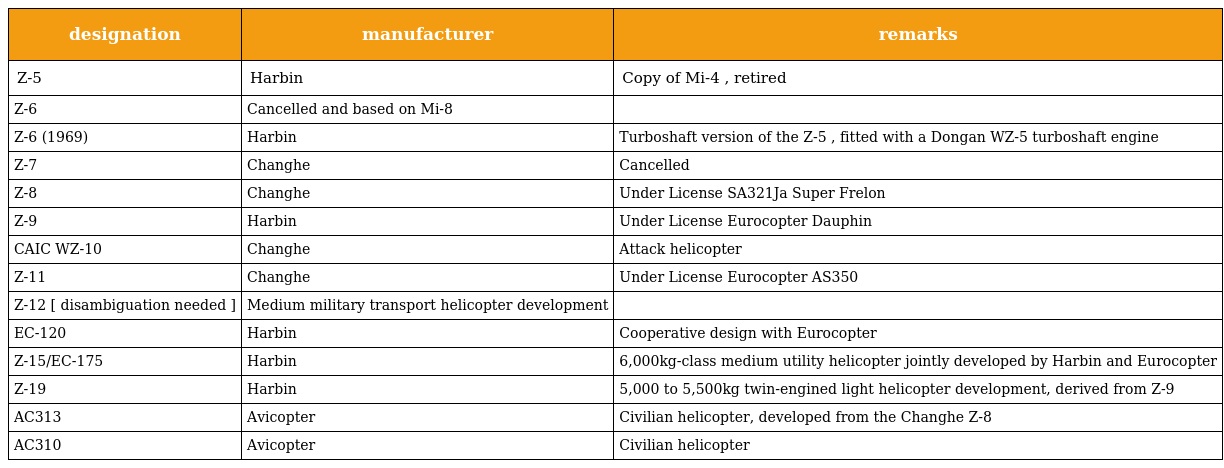
| designation | manufacturer | remarks |
 | --- | --- | --- |
 | Z-5 | Harbin | Copy of Mi-4 , retired |
 | Z-6 | Cancelled and based on Mi-8 |  |
 | Z-6 (1969) | Harbin | Turboshaft version of the Z-5 , fitted with a Dongan WZ-5 turboshaft engine |
 | Z-7 | Changhe | Cancelled |
 | Z-8 | Changhe | Under License SA321Ja Super Frelon |
 | Z-9 | Harbin | Under License Eurocopter Dauphin |
 | CAIC WZ-10 | Changhe | Attack helicopter |
 | Z-11 | Changhe | Under License Eurocopter AS350 |
 | Z-12 [ disambiguation needed ] | Medium military transport helicopter development |  |
 | EC-120 | Harbin | Cooperative design with Eurocopter |
 | Z-15/EC-175 | Harbin | 6,000kg-class medium utility helicopter jointly developed by Harbin and Eurocopter |
 | Z-19 | Harbin | 5,000 to 5,500kg twin-engined light helicopter development, derived from Z-9 |
 | AC313 | Avicopter | Civilian helicopter, developed from the Changhe Z-8 |
 | AC310 | Avicopter | Civilian helicopter |